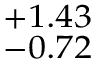
^ { + 1 . 4 3 } _ { - 0 . 7 2 }